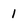
Character: 1